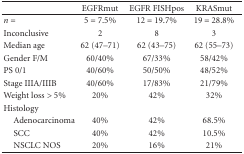
|  | EGFRmut | EGFR FISHpos | KRASmut |
 | --- | --- | --- | --- |
 | n = | 5 = 7.5% | 12 = 19.7% | 19 = 28.8% |
 | Inconclusive | 2 | 8 | 3 |
 | Median age | 62 (47–71) | 62 (43–75) | 62 (55–73) |
 | Gender F/M | 60/40% | 67/33% | 58/42% |
 | PS 0/1 | 40/60% | 50/50% | 48/52% |
 | Stage IIIA/IIIB | 40/60% | 17/83% | 21/79% |
 | Weight loss > 5% | 20% | 42% | 32% |
 | Histology |  |  |  |
 | Adenocarcinoma | 40% | 42% | 68.5% |
 | SCC | 40% | 42% | 10.5% |
 | NSCLC NOS | 20% | 16% | 21% |